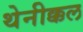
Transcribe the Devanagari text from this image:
थेनीक्कल